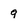
Character: 9